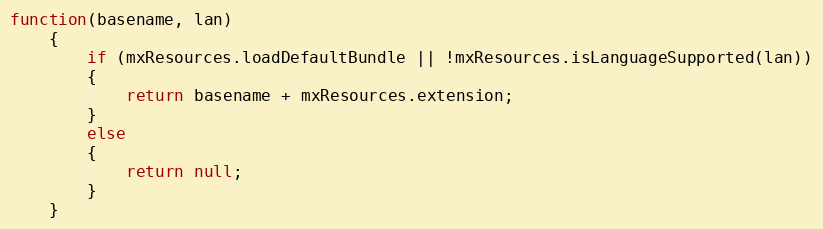
Language: JavaScript
function(basename, lan)
	{
		if (mxResources.loadDefaultBundle || !mxResources.isLanguageSupported(lan))
		{
			return basename + mxResources.extension;
		}
		else
		{
			return null;
		}
	}